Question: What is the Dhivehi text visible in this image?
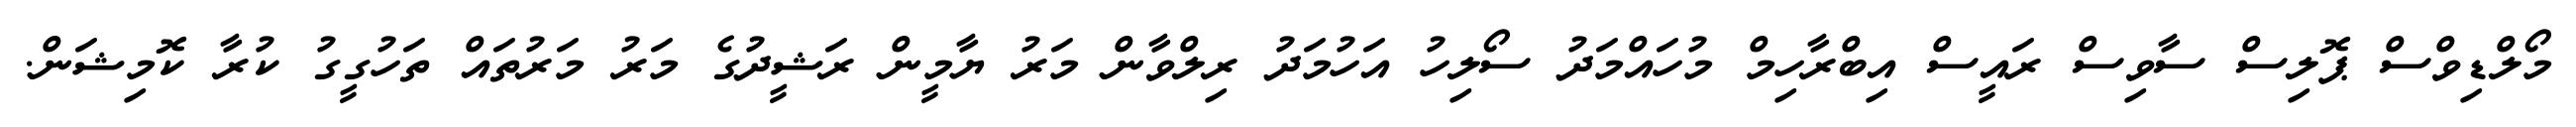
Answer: މޯލްޑިވްސް ޕޮލިސް ސާވިސް ރައީސް އިބްރާހިމް މުހައްމަދު ސޯލިހު އަހުމަދު ރިލްވާން މަރު ޔާމީން ރަޝީދުގެ މަރު މަރުތައް ތަހުގީގު ކުރާ ކޮމިޝަން.